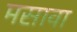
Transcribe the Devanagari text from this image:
मसावा